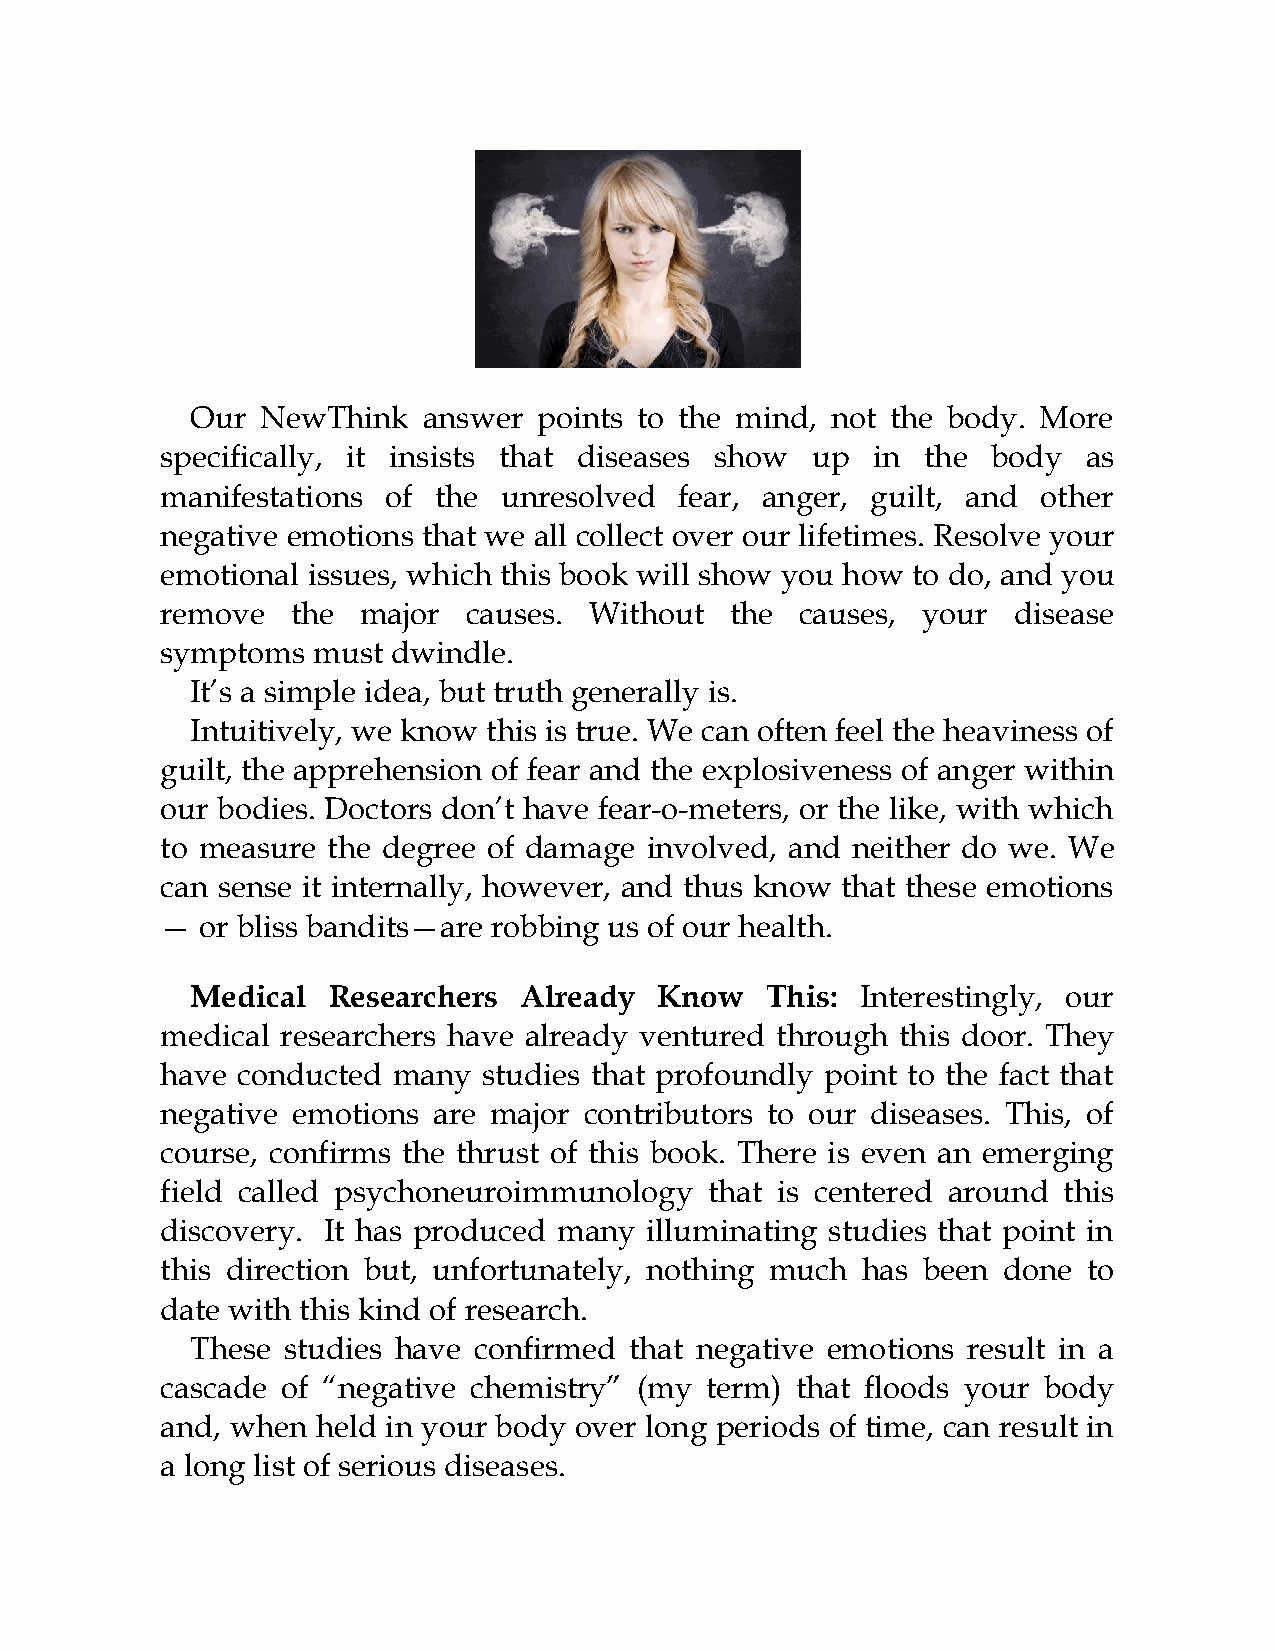
Our NewThink   answer  points to the mind, not the body. More
 specifically, it insists that diseases show up in the  body  as
 manifestations of the unresolved  fear, anger, guilt, and other
 negative emotions that we all collect over our lifetimes. Resolve your
 emotional issues, which this book will show you how to do, and you
 remove  the  major  causes. Without  the  causes, your  disease
 symptoms  must dwindle.
 It’s a simple idea, but truth generally is.
 Intuitively, we know this is true. We can often feel the heaviness of
 guilt, the apprehension of fear and the explosiveness of anger within
 our bodies. Doctors don’t have fear-o-meters, or the like, with which
 to measure the degree of damage involved, and neither do we. We
 can sense it internally, however, and thus know that these emotions
 — or bliss bandits—are robbing us of our health.
 Medical  Researchers Already  Know    This: Interestingly, our
 medical researchers have already ventured through this door. They
 have conducted many  studies that profoundly point to the fact that
 negative emotions are major contributors to our diseases. This, of
 course, confirms the thrust of this book. There is even an emerging
 field called psychoneuroimmunology  that is centered around this
 discovery. It has produced many illuminating studies that point in
 this direction but, unfortunately, nothing much has been done to
 date with this kind of research.
 These studies have confirmed that negative emotions result in a
 cascade of “negative chemistry” (my term) that floods your body
 and, when held in your body over long periods of time, can result in
 a long list of serious diseases.